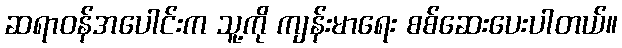
ဆရာဝန်အပေါင်းက သူ့ကို ကျန်းမာရေး စစ်ဆေးပေးပါတယ်။